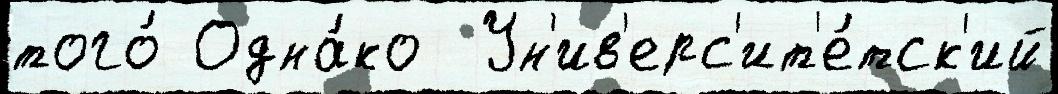
того́ Одна́ко  Ун'ив'ерс'ит'е́тск'ий